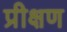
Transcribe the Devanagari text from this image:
प्रीक्षण